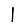
Digit: 1